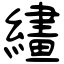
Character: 繣